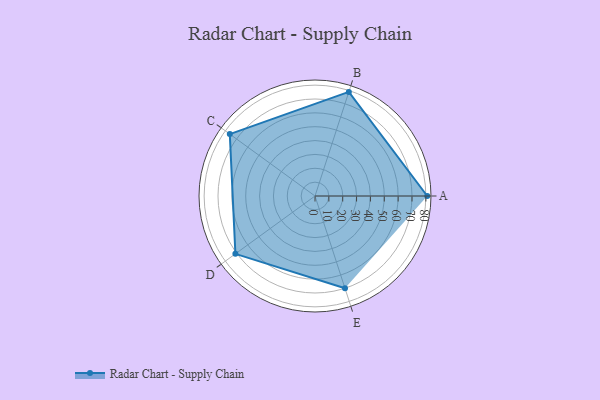
{"axis": {"x": "Skill", "y": "Score"}, "legend": ["Profile"], "data": [{"x": "A", "y": 81.0, "type": "Profile"}, {"x": "B", "y": 79.0, "type": "Profile"}, {"x": "C", "y": 76.0, "type": "Profile"}, {"x": "D", "y": 71.0, "type": "Profile"}, {"x": "E", "y": 70.0, "type": "Profile"}]}